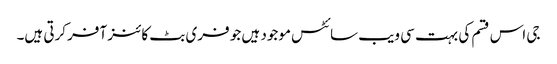
جی اس قسم کی بہت سی ویب سائٹس موجود ہیں جو فری بٹ کائنز آفر کرتی ہیں۔